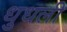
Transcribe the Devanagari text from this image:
धुधली